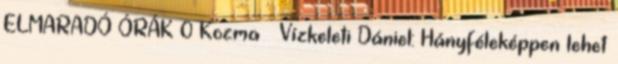
ELMARADÓ ÓRÁK 0 Kozma – Vízkeleti Dániel: Hányféleképpen lehet